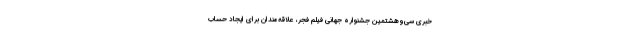
خبری سی‌وهشتمین جشنواره جهانی فیلم فجر، علاقه‌مندان برای ایجاد حساب